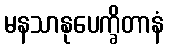
မနသာနုပေက္ခိတာနံ